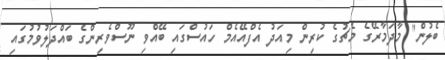
ބެލުން" މާދަމާރޭގެ މެޗުގެ ކުރިން މިއަދު އެފްއޭއެމް ހައުސްގައި ބޭއްވި ނޫސްވެރިންގެ ބައްދަލުވުމުގައި